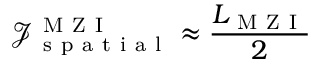
\mathcal { J } _ { \mathrm { ~ s ~ p ~ a ~ t ~ i ~ a ~ l ~ } } ^ { \mathrm { ~ M ~ Z ~ I ~ } } \approx \frac { L _ { \mathrm { ~ M ~ Z ~ I ~ } } } { 2 }